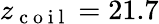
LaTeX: z_{\mathrm{~c~o~i~l~}}=21.7